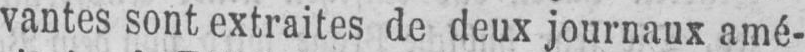
vantes sont extraites de deux journaux amé-